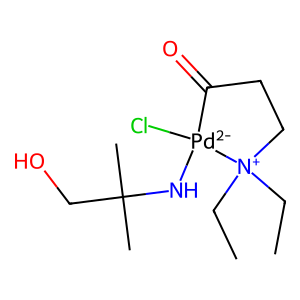
SMILES: CC[N+]1(CC)CCC(=O)[Pd-2]1(Cl)NC(C)(C)CO
Inhibits HIV replication: No